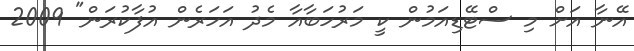
އޭނާ އަށް މި ސްޓޭޑިއަމުން ކީ މަރުހަބާއާ މެދު އަހަރެން އުފާކުރަން" 2009